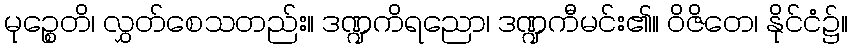
မုဉ္စေတိ၊ လွှတ်စေသတည်း။ ဒဏ္ဍကိရညော၊ ဒဏ္ဍကီမင်း၏။ ဝိဇိတေ၊ နိုင်ငံ၌။